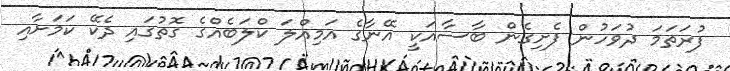
ފުރަތަމަ ދުވަހުން ފެށިގެން ބާސާއަކީ އޭނާގެ އަމިއްލަ ކްލަބެއްގެ ގޮތުގައި ދެކޭ ކަމަށާއި